Report of the King Institute of Preventive Medicine, Guindy
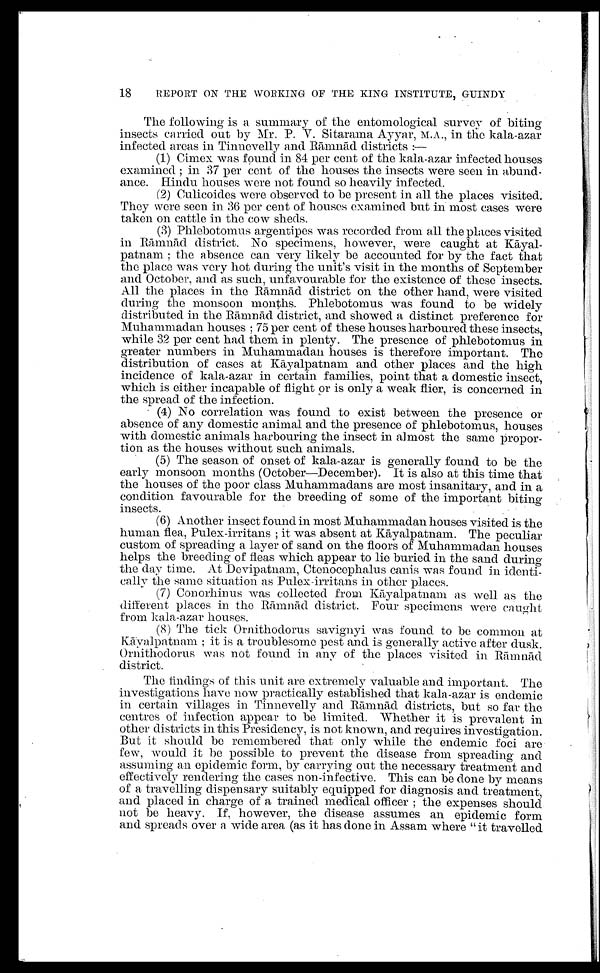
18
REPORT ON THE WORKING OF THE KING INSTITUTE, GUINDY
The following is a summary of the entomological survey of biting
insects carried out by Mr. P. Sitarama Ayyar, M.A., in the kala-azar
infected areas in Tinnevelly and R āmnād districts:—
(1) Cimex was found in 84 per cent of the kala-azar infected houses
examined; in 37 per cent of the houses the insects were seen in abund
-
ance. Hindu houses were not found so heavily infected.
(2) Culicoides were observed to be present in all the places visited.
They were seen in 36 per cent of houses examined but in most cases were
taken on cattle in the cow sheds.
(3) Phlebotomus argentipes was recorded from all the places visited
in Rā mnā d district. No specimens, however, were caught at K ā yal
-
patnam; the absence can very likely be accounted for by the fact that
the place was very hot during the unit's visit in the months of September
and October, and as such, unfavourable for the existence of these insects.
All the places in the R ā mnā d district on the other hand, were visited
during the monsoon months. Phlebotomus was found to be widely
distributed in the R āmnā
d district, and showed a distinct preference for
Muhammadan houses; 75 per cent of these houses harboured these insects,
while 32 per cent had them in plenty. The presence of phlebotomus in
greater numbers in Muhammadan houses is therefore important. The
distribution of cases at K ā yalpatnam and other places and the high
incidence of kala-azar in certain families, point that a domestic insect,
which is either incapable of flight or is only a weak flier, is concerned in
the spread of the infection.
(4) No correlation was found to exist between the presence or
absence of any domestic animal and the presence of phlebotomus, houses
with domestic animals harbouring the insect in almost the same propor
-
tion as the houses without such animals.
(5) The season of onset of kala-azar is generally found to be the
early monsoon months (October—December). It is also at this time that
the houses of the poor class Muhammadans are most insanitary, and in a
condition favourable for the breeding of some of the important biting
insects.
(6) Another insect found in most Muhammadan houses visited is the
human flea, Pulex-irritans; it was absent at Kā yalpatnam. The peculiar
custom of spreading a layer of sand on the floors of Muhammadan houses
hel ps t he of breedi ng of fl eas whi ch appear t o l i e buri ed i n t he sand duri ng
the day time. At Devipatnam, Ctenocephalus canis was found in identi
-
cally the same situation as Pulex-irritans in other places.
(7) Conorhnius was collected from K ā yalpatnam as well as the
different places in the Rāmnād district. Four specimens were caught
from kala-azar houses.
(8) The tick Ornithodorus savignyi was found to be common at
Kāyalpatnam; it is a troublesome pest and is generally active after dusk.
Ornithodorus was not found in any of the places visited in R ā mnā d
district.
The findings of this unit are extremely valuable and important. The
investigations have now practically established that kala-azar is endemic
in certain villages in Tinnevelly and R āmnā
d districts, but so far the
centres of infection appear to be limited. Whether it is prevalent in
other districts in this Presidency, is not known, and requires investigation.
But it should be remembered that only while the endemic foci are
few, would it be possible to prevent the disease from spreading and
assuming an epidemic form, by carrying out the necessary treatment and
effectively rendering the cases non-infective. This can be done by means
of a travelling dispensary suitably equipped for diagnosis and treatment,
and placed in charge of a trained medical officer; the expenses should
not be heavy. If, however, the disease assumes an epidemic form
and spreads over a wide area (as it has clone in Assam where "it travelled